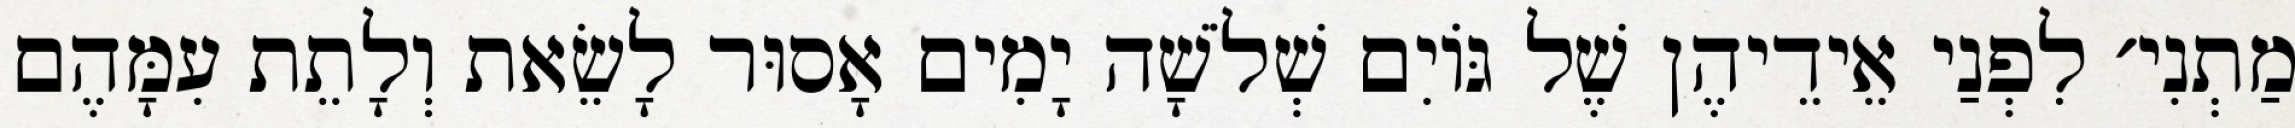
מַתְנִי׳ לִפְנַי אֵידֵיהֶן שֶׁל גּוֹיִם שְׁלֹשָׁה יָמִים אָסוּר לָשֵׂאת וְלָתֵת עִמָּהֶם